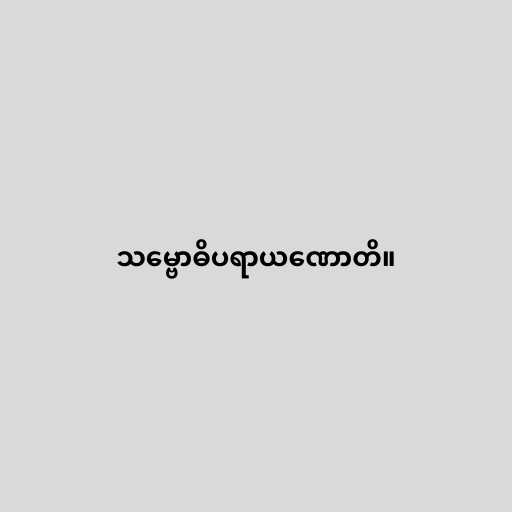
သမ္ဗောဓိပရာယဏောတိ။